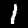
Digit: 1